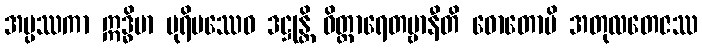
အပ္ပဿကာ ဣဒ္ဓိမာ ပုရိမဿေဝ ဒဋ္ဌုန္တိ ဝိတ္ထာရေတဗ္ဗာနီတိ ဓောတောပိ အတုလတေဇဿ